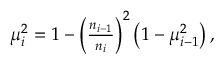
\begin{array} { r } { \mu _ { i } ^ { 2 } = 1 - \left( \frac { n _ { i - 1 } } { n _ { i } } \right) ^ { 2 } \left( 1 - \mu _ { i - 1 } ^ { 2 } \right) , } \end{array}